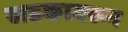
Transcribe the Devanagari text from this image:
खडकावरून